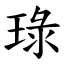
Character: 琭